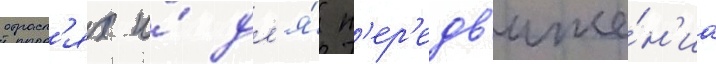
отрасл'ях и́ дл'я́ п'ер'едв'иже́н'иа